Civil Veterinary Department. United Provinces 1912-22 - 1912-1922
Year: 1912
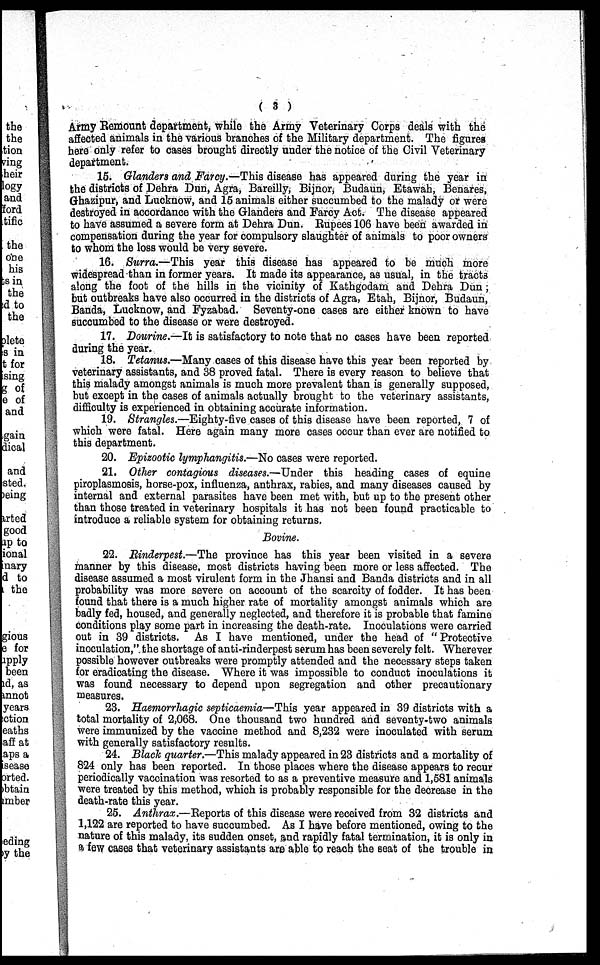
( 3 )
Army Remount department, while the Army Veterinary Corps deals with the
affected animals in the various branches of the Military department. The figures
here only refer to cases brought directly under the notice of the Civil Veterinary
department.
15. Glanders and Farcy.—This disease has appeared during the year in
the districts of Dehra Dun, Agra, Bareilly, Bijnor, Budaun, Etawah, Benares,
Ghazipur, and Lucknow, and 15 animals either succumbed to the malady or were
destroyed in accordance with the Glanders and Farcy Act. The disease appeared
to have assumed a severe form at Dehra Dun. Rupees 106 have been awarded in
compensation during the year for compulsory slaughter of animals to poor owners
to whom the loss would be very severe.
16. Surra.—This year this disease has appeared to be much more
widespread than in former years. It made its appearance, as usual, in the tracts
along the foot of the hills in the vicinity of Kathgodam and Dehra Dun;
but outbreaks have also occurred in the districts of Agra, Etah, Bijnor, Budaun,
Banda, Lucknow, and Fyzabad. Seventy-one cases are either known to have
succumbed to the disease or were destroyed.
17. Dourine.—It is satisfactory to note that no cases have been reported
during the year.
18. Tetanus.—Many cases of this disease have this year been reported by
veterinary assistants, and 38 proved fatal. There is every reason to believe that
this malady amongst animals is much more prevalent than is generally supposed,
but except in the cases of animals actually brought to the veterinary assistants,
difficulty is experienced in obtaining accurate information.
19. Strangles.—Eighty-five cases of this disease have been reported, 7 of
which were fatal. Here again many more cases occur than ever are notified to
this department.
20. Epizootic lymphangitis.—No cases were reported.
21. Other contagious diseases.—Under this heading cases of equine
piroplasmosis, horse-pox, influenza, anthrax, rabies, and many diseases caused by
internal and external parasites have been met with, but up to the present other
than those treated in veterinary hospitals it has not been found practicable to
introduce a reliable system for obtaining returns.
Bovine.
22. Rinderpest.—The province has this year been visited in a severe
manner by this disease, most districts having been more or less affected. The
disease assumed a most virulent form in the Jhansi and Banda districts and in all
probability was more severe on account of the scarcity of fodder. It has been
found that there is a much higher rate of mortality amongst animals which are
badly fed, housed, and generally neglected, and therefore it is probable that famine
conditions play some part in increasing the death-rate. Inoculations were carried
out in 39 districts. As I have mentioned, under the head of "Protective
inoculation," the shortage of anti-rinderpest serum has been severely felt. Wherever
possible however outbreaks were promptly attended and the necessary steps taken
for eradicating the disease. Where it was impossible to conduct inoculations it
was found necessary to depend upon segregation and other precautionary
measures.
23. Haemorrhagic septicaemia—This year appeared in 39 districts with a
total mortality of 2,068. One thousand two hundred and seventy-two animals
were immunized by the vaccine method and 8,232 were inoculated with serum
with generally satisfactory results.
24. Black quarter.—This malady appeared in 23 districts and a mortality of
824 only has been reported. In those places where the disease appears to recur
periodically vaccination was resorted to as a preventive measure and 1,581 animals
were treated by this method, which is probably responsible for the decrease in the
death-rate this year.
25. Anthrax.—Reports of this disease were received from 32 districts and
1,122 are reported to have succumbed. As I have before mentioned, owing to the
nature of this malady, its sudden onset, and rapidly fatal termination, it is only in
a few cases that veterinary assistants are able to reach the seat of the trouble in